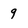
Character: 9